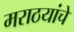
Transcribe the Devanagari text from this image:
मराठयांचे